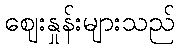
ဈေးနှုန်းများသည်